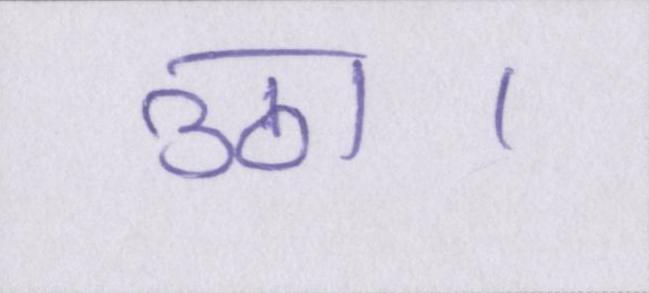
उठा।